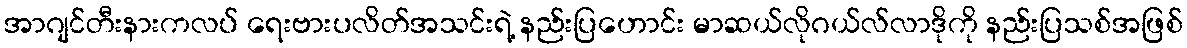
အာဂျင်တီးနားကလပ် ရေးဗားပလိတ်အသင်းရဲ့ နည်းပြဟောင်း မာဆယ်လိုဂယ်လ်လာဒိုကို နည်းပြသစ်အဖြစ်